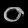
Digit: ၀